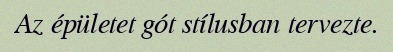
Az épületet gót stílusban tervezte.